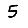
Digit: 5